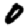
Digit: 0